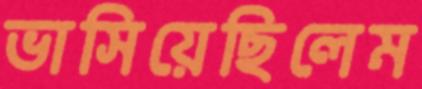
ভাসিয়েছিলেম